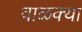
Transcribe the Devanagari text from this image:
वाळक्या